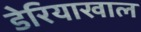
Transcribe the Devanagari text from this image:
डेरियाखाल